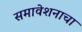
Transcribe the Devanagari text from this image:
समावेशनाचा